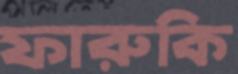
ফারুকি